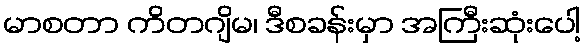
မာစတာ ကိတဂျိမ၊ ဒီစခန်းမှာ အကြီးဆုံးပေါ့